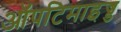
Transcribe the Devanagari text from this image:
ऑपटिमाइज्ड